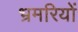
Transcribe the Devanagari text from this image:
भ्रमरियों